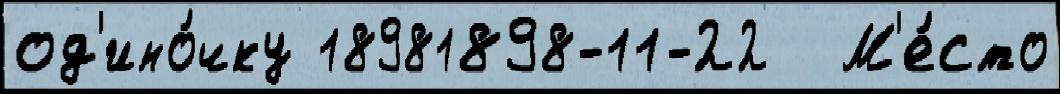
од'ино́чку 18981898-11-22  М'е́сто